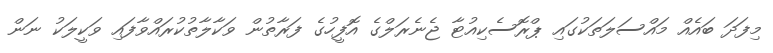
މިފަދަ ބައެއް މައްސަލަތަކުގައި ޕްރޮސެކިއުޓާ ޖެނެރަލްގެ އޮފީހުގެ ފަރާތުން ވަކާލާތުކުރައްވާފައި ވަކީލަކު ނަން